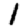
Digit: 1